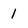
Character: 1